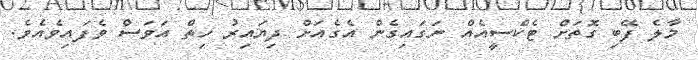
މާލެ ފޭބި ގޮތަށް ޓެކްސީއެއް ނަގައިގެން އެގެއަށް ދިޔައިރު ހިތް އަވަސް ވެފައިވެއެވެ.